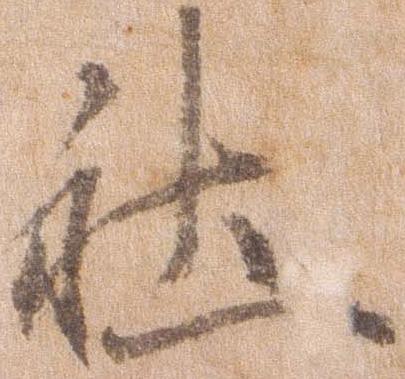
社